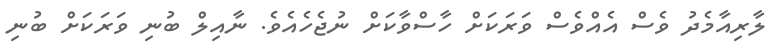
ލާރިއާމެދު ވެސް އެއްވެސް ވަރަކަށް ހާސްވާކަށް ނުޖެހެއެވެ. ނާއިލް ބުނި ވަރަކަށް ބުނި